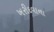
ખરીદવાના